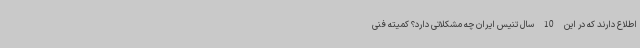
اطلاع دارند که در این 10 سال تنیس ایران چه مشکلاتی دارد؟ کمیته فنی